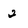
Character: 2